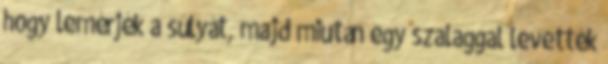
hogy lemérjék a súlyát, majd miután egy szalaggal levették